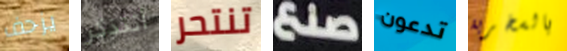
يزحف أتتذكر تنتحر صنع تدعون بالسخرية